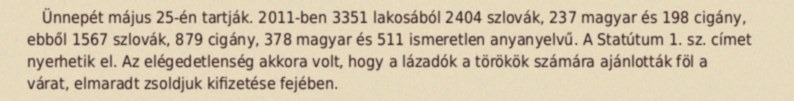
Ünnepét május 25-én tartják. 2011-ben 3351 lakosából 2404 szlovák, 237 magyar és 198 cigány, ebből 1567 szlovák, 879 cigány, 378 magyar és 511 ismeretlen anyanyelvű. A Statútum 1. sz. címet nyerhetik el. Az elégedetlenség akkora volt, hogy a lázadók a törökök számára ajánlották föl a várat, elmaradt zsoldjuk kifizetése fejében.